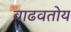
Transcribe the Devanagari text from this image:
वाढवतोय